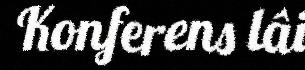
Konferens lâi